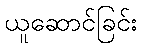
ယူဆောင်ခြင်း